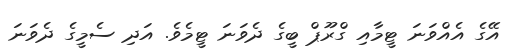
އޭގެ އެއްވަނަ ޓީމާއި ގްރޫޕް ބީގެ ދެވަނަ ޓީމެވެ. އަދި ސެމީގެ ދެވަނަ